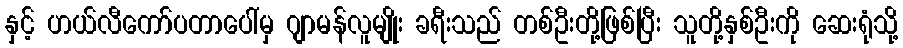
နှင့် ဟယ်လီကော်ပတာပေါ်မှ ဂျာမန်လူမျိုး ခရီးသည် တစ်ဦးတို့ဖြစ်ပြီး သူတို့နှစ်ဦးကို ဆေးရုံသို့